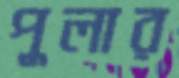
পুলার